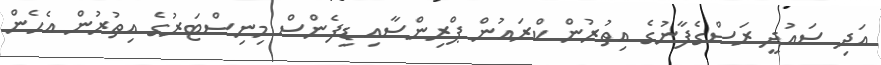
އަދި ސައުދީ ރަސްގެފާނުގެ އިތުރުން ކްރައުން ޕްރިންސާއި ޑިފެންސް މިނިސްޓަރުގެ އިތުރުން އެހެން